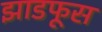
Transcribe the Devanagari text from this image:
झाडफूस